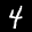
Label: 4